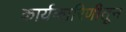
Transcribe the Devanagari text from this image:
कार्यकारिणीतून